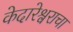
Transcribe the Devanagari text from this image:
केदारेश्वराचा